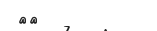
٨٩